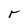
Character: r